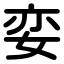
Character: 娈